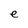
Character: e